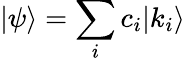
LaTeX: |\psi\rangle=\sum_{i}c_{i}|{k_{i}}\rangle